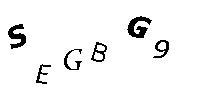
SEGBG9